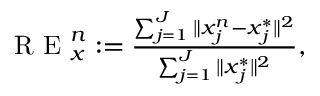
\begin{array} { r } { \mathrm { ~ R ~ E ~ } _ { \boldsymbol { x } } ^ { n } : = \frac { \sum _ { j = 1 } ^ { J } \| \boldsymbol { x } _ { j } ^ { n } - \boldsymbol { x } _ { j } ^ { * } \| ^ { 2 } } { \sum _ { j = 1 } ^ { J } \| \boldsymbol { x } _ { j } ^ { * } \| ^ { 2 } } , } \end{array}